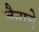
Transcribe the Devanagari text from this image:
जैनाचे